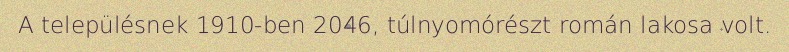
A településnek 1910-ben 2046, túlnyomórészt román lakosa volt.